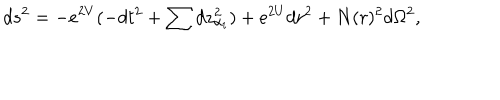
LaTeX: d s ^ { 2 } = - e ^ { 2 V } ( - d t ^ { 2 } + \sum d z _ { \alpha _ { i } } ^ { 2 } ) + e ^ { 2 U } d r ^ { 2 } + N ( r ) ^ { 2 } d \Omega ^ { 2 } ,